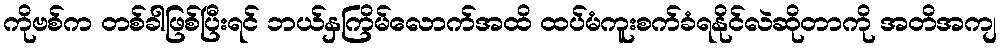
ကိုဗစ်က တစ်ခါဖြစ်ပြီးရင် ဘယ်နှကြိမ်လောက်အထိ ထပ်မံကူးစက်ခံရနိုင်လဲဆိုတာကို အတိအကျ